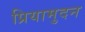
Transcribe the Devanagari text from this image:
प्रियामुदन